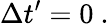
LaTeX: \Delta t^{\prime}=0\ .